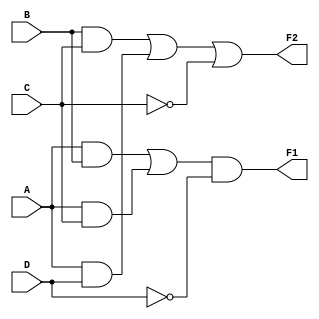
module combinational_logic_block (
    input wire A,
    input wire B,
    input wire C,
    input wire D,
    output wire F1,
    output wire F2
);

// Intermediate signals for multi-level simplifications
wire AB;          // Intermediate signal for A AND B
wire AC;          // Intermediate signal for A AND C
wire BC;          // Intermediate signal for B AND C
wire AD;          // Intermediate signal for A AND D
wire NOT_A;       // NOT of A
wire NOT_B;       // NOT of B
wire NOT_C;       // NOT of C
wire NOT_D;       // NOT of D

// Level 1: Generate intermediate signals
assign AB = A & B;           // AND operation
assign AC = A & C;           // AND operation
assign BC = B & C;           // AND operation
assign AD = A & D;           // AND operation

assign NOT_A = ~A;           // NOT operation
assign NOT_B = ~B;           // NOT operation
assign NOT_C = ~C;           // NOT operation
assign NOT_D = ~D;           // NOT operation

// Level 2: Simplified logic functions using intermediate signals
assign F1 = (AB | AC) & NOT_D; // Example function F1
assign F2 = (BC | AD) | NOT_C;  // Example function F2

endmodule